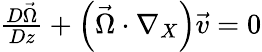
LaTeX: \begin{array}{r}{\frac{D\vec{\Omega}}{Dz}+\left(\vec{\Omega}\cdot\nabla_{X}\right)\vec{v}=0}\end{array}